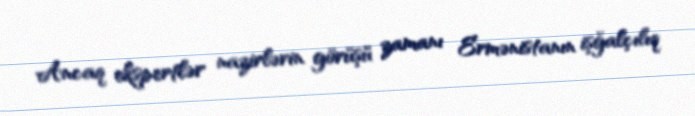
Ancaq ekspertlər nazirlərin görüşü zamanı Ermənistanın işğalçılıq